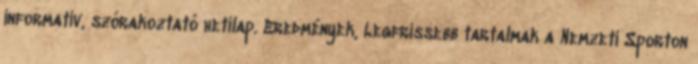
informatív, szórakoztató hetilap. Eredmények, Legfrissebb tartalmak a Nemzeti Sporton